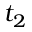
t _ { 2 }